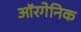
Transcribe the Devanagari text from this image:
ऑरगेनिक